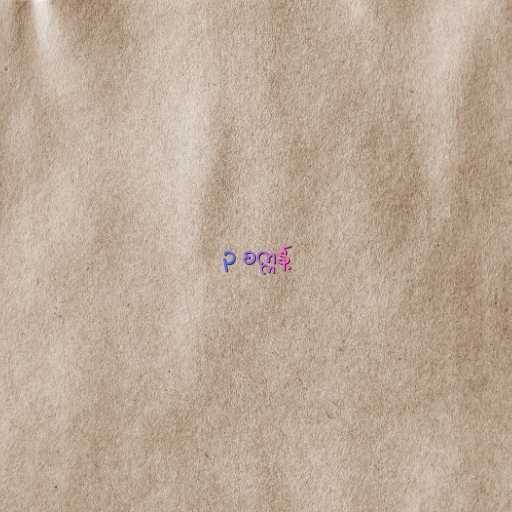
၃ စက္ကန့်